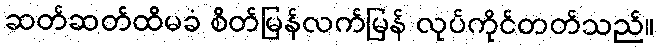
ဆတ်ဆတ်ထိမခံ စိတ်မြန်လက်မြန် လုပ်ကိုင်တတ်သည်။